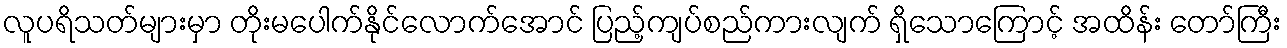
လူပရိသတ်များမှာ တိုးမပေါက်နိုင်လောက်အောင် ပြည့်ကျပ်စည်ကားလျက် ရှိသောကြောင့် အထိန်း တော်ကြီး